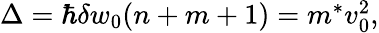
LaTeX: \begin{array}{r}{\Delta=\hbar\delta w_{0}(n+m+1)=m^{*}v_{0}^{2},}\end{array}